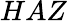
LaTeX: HAZ